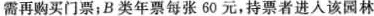
需再购买门票；B类年票每张60元，持票者进入该园林